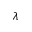
\lambda